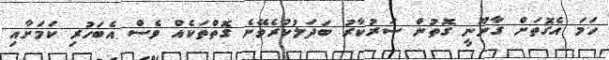
ހަމަ އެގޮތަށް ގާނޫނީ ގޮތުން ސަރުކާރު ބަދަލުކުރެވޭނެ ގޮތްތަކެއް ވެސް އެބަހުރި ކަމަށާއި